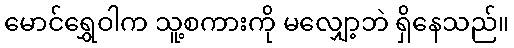
မောင်ရွှေဝါက သူ့စကားကို မလျှော့ဘဲ ရှိနေသည်။